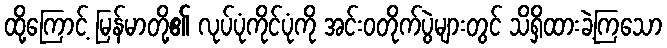
ထို့ကြောင့် မြန်မာတို့၏ လုပ်ပုံကိုင်ပုံကို အင်းဝတိုက်ပွဲများတွင် သိရှိထားခဲ့ကြသော